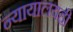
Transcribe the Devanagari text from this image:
न्यायालयही